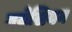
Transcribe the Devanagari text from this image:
बयेसियन